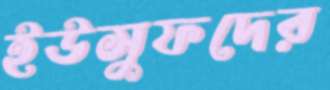
ইউসুফদের